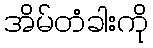
အိမ်တံခါးကို